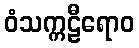
ဝံသက္ကဠီရောဝ